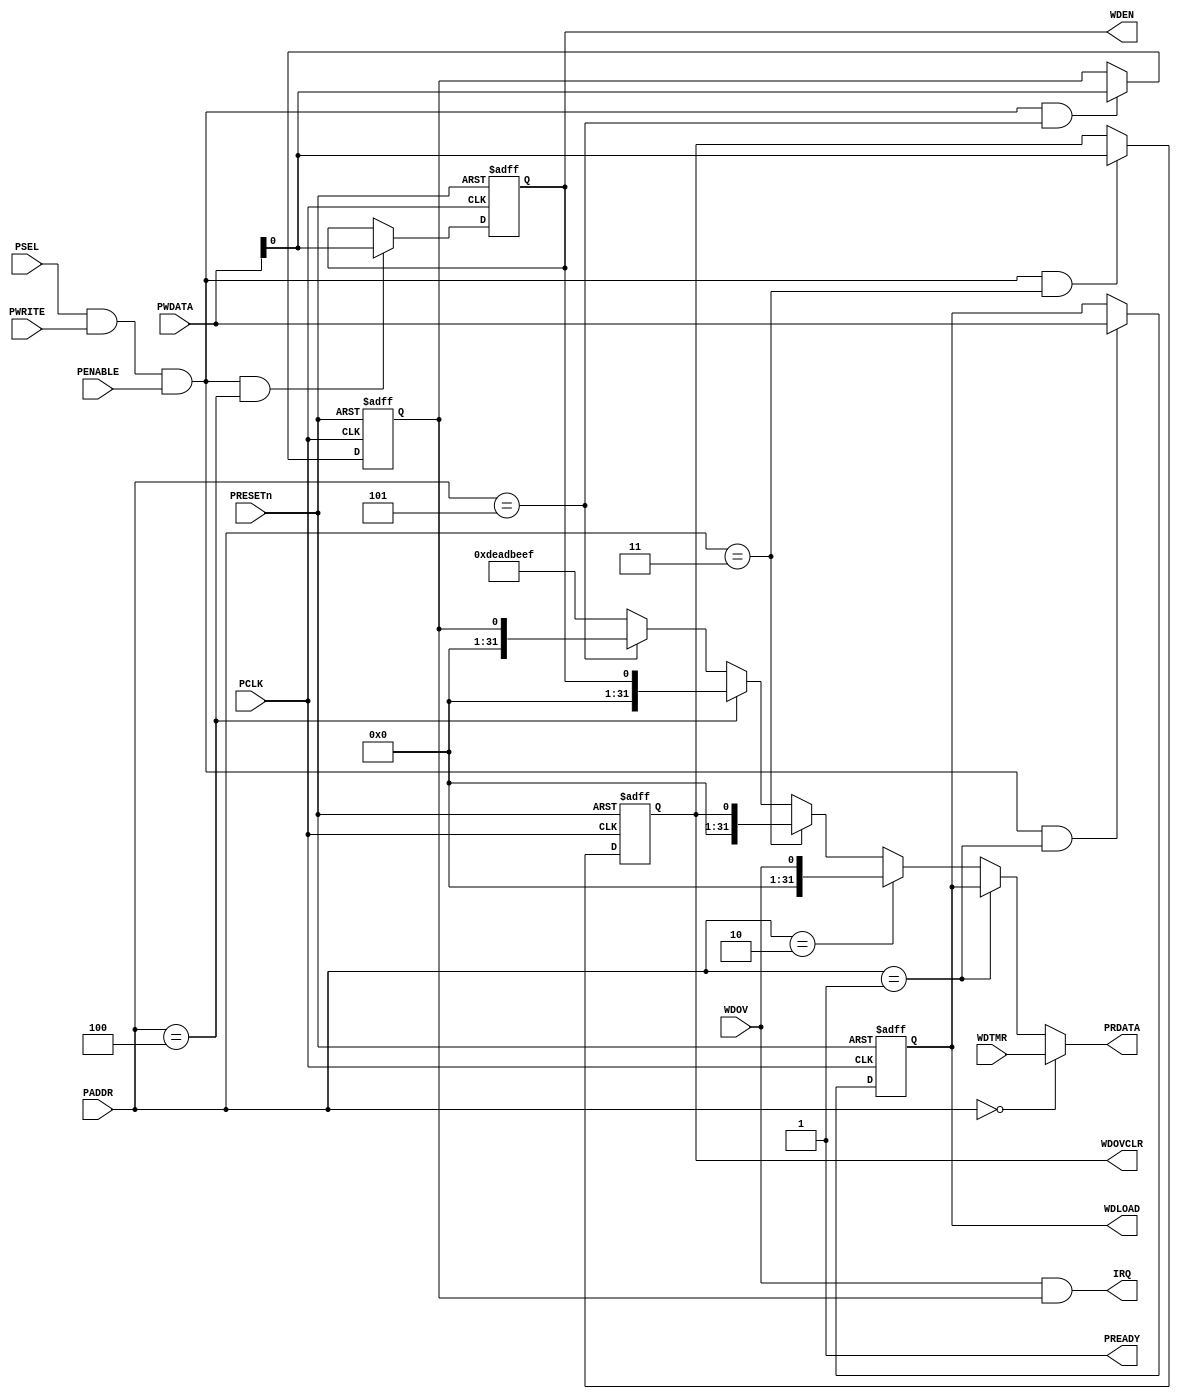
module APB_WDT32 (
	// APB Interface
	// clock and reset 
	input  wire        PCLK,    
	//input  wire        PCLKG,   // Gated clock
	input  wire        PRESETn, // Reset

	// input ports
	input  wire        PSEL,    // Select
	input  wire [5:3]  PADDR,   // Address
	input  wire        PENABLE, // Transfer control
	input  wire        PWRITE,  // Write control
	input  wire [31:0] PWDATA,  // Write data

	// output ports
	output wire [31:0] PRDATA,  // Read data
	output wire        PREADY,
	// Device ready

	// IP Interface
	output		IRQ,

	// WDTMR register/fields
	input [31:0] WDTMR,


	// WDLOAD register/fields
	output [31:0] WDLOAD,


	// WDOV register/fields
	input [0:0] WDOV,


	// WDOVCLR register/fields
	output [0:0] WDOVCLR,


	// WDEN register/fields
	output [0:0] WDEN

);

	parameter [2:0] WDTMR_ADDR   = 3'h0;
	parameter [2:0] WDLOAD_ADDR  = 3'h1;
	parameter [2:0] WDOV_ADDR    = 3'h2;
	parameter [2:0] WDOVCLR_ADDR = 3'h3;
	parameter [2:0] WDEN_ADDR    = 3'h4;
	parameter [2:0] IRQEN_ADDR   = 3'h5;

	wire rd_enable;
	wire wr_enable;
	assign  rd_enable = PSEL & (~PWRITE); 
	assign  wr_enable = PSEL & PWRITE & (PENABLE); 
	assign  PREADY = 1'b1;
    

    reg [31:0] WDLOAD;

    reg [0:0] WDOVCLR;

    reg [0:0] WDEN;

    wire[31:0] WDTMR;
    wire[0:0] WDOV;

	// Register: WDLOAD
	wire WDLOAD_select = wr_enable & (PADDR[5:3] == WDLOAD_ADDR);

    always @(posedge PCLK or negedge PRESETn)
    begin
        if (~PRESETn)
            WDLOAD <= 32'h0;
        else if (WDLOAD_select)
            WDLOAD <= PWDATA;
    end
    
	// Register: WDOVCLR
	wire WDOVCLR_select = wr_enable & (PADDR[5:3] == WDOVCLR_ADDR);

    always @(posedge PCLK or negedge PRESETn)
    begin
        if (~PRESETn)
            WDOVCLR <= 1'h0;
        else if (WDOVCLR_select)
            WDOVCLR <= PWDATA;
    end
    
	// Register: WDEN
	wire WDEN_select = wr_enable & (PADDR[5:3] == WDEN_ADDR);

    always @(posedge PCLK or negedge PRESETn)
    begin
        if (~PRESETn)
            WDEN <= 1'h0;
        else if (WDEN_select)
            WDEN <= PWDATA;
    end
    

	// IRQ Enable Register @ offset 0x100
	reg[0:0] IRQEN;
	wire IRQEN_select = wr_enable & (PADDR[5:3] == IRQEN_ADDR);

    always @(posedge PCLK or negedge PRESETn)
    begin
        if (~PRESETn)
            IRQEN <= 1'h0;
        else if (IRQEN_select)
            IRQEN <= PWDATA;
    end
    
	assign IRQ = ( WDOV & IRQEN[0] ) ;

	assign PRDATA = 
		(PADDR[5:3] == WDTMR_ADDR) ? WDTMR : 
		(PADDR[5:3] == WDLOAD_ADDR) ? WDLOAD : 
		(PADDR[5:3] == WDOV_ADDR) ? {31'd0,WDOV} : 
		(PADDR[5:3] == WDOVCLR_ADDR) ? {31'd0,WDOVCLR} : 
		(PADDR[5:3] == WDEN_ADDR)  ? {31'd0,WDEN} : 
		(PADDR[5:3] == IRQEN_ADDR) ? {31'd0,IRQEN} : 
		32'hDEADBEEF;

endmodule